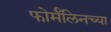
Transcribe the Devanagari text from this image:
फोर्मॅलिनच्या